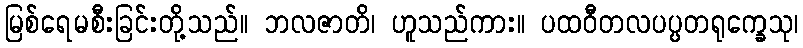
မြစ်ရေမစီးခြင်းတို့သည်။ ဘလဇာတိ၊ ဟူသည်ကား။ ပထဝီတလပပ္ပတရုက္ခေသု၊